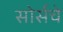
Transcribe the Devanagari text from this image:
सोर्सचे